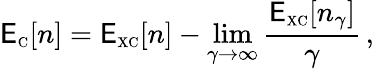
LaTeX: \mathsf{E}_{\scriptscriptstyle\mathrm{{C}}}[n]=\mathsf{E}_{\scriptscriptstyle\mathrm{{XC}}}[n]-\operatorname*{lim}_{\gamma\to\infty}\frac{{\mathsf{E}_{\scriptscriptstyle\mathrm{{XC}}}[n_{\gamma}]}}{{\gamma}}\, ,